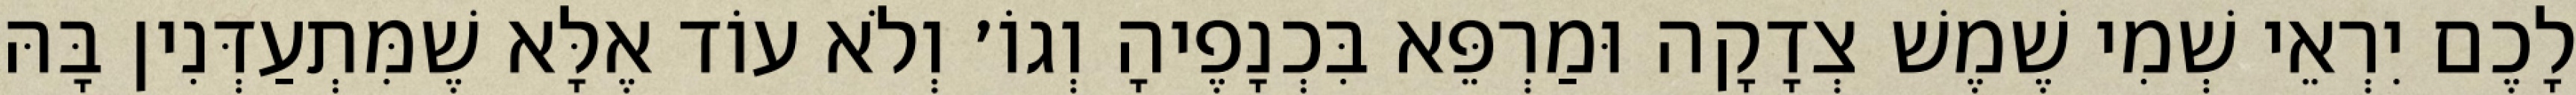
לָכֶם יִרְאֵי שְׁמִי שֶׁמֶשׁ צְדָקָה וּמַרְפֵּא בִּכְנָפֶיהָ וְגוֹ׳ וְלֹא עוֹד אֶלָּא שֶׁמִּתְעַדְּנִין בָּהּ